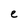
Character: e